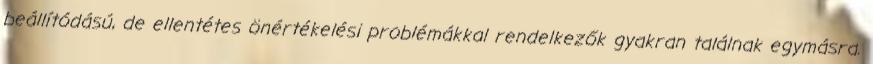
beállítódású, de ellentétes önértékelési problémákkal rendelkezők gyakran találnak egymásra.